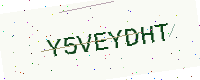
Text: Y5VEYDHT